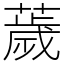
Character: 薉